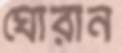
ঘোরান